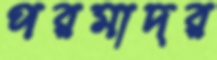
পরমাদর